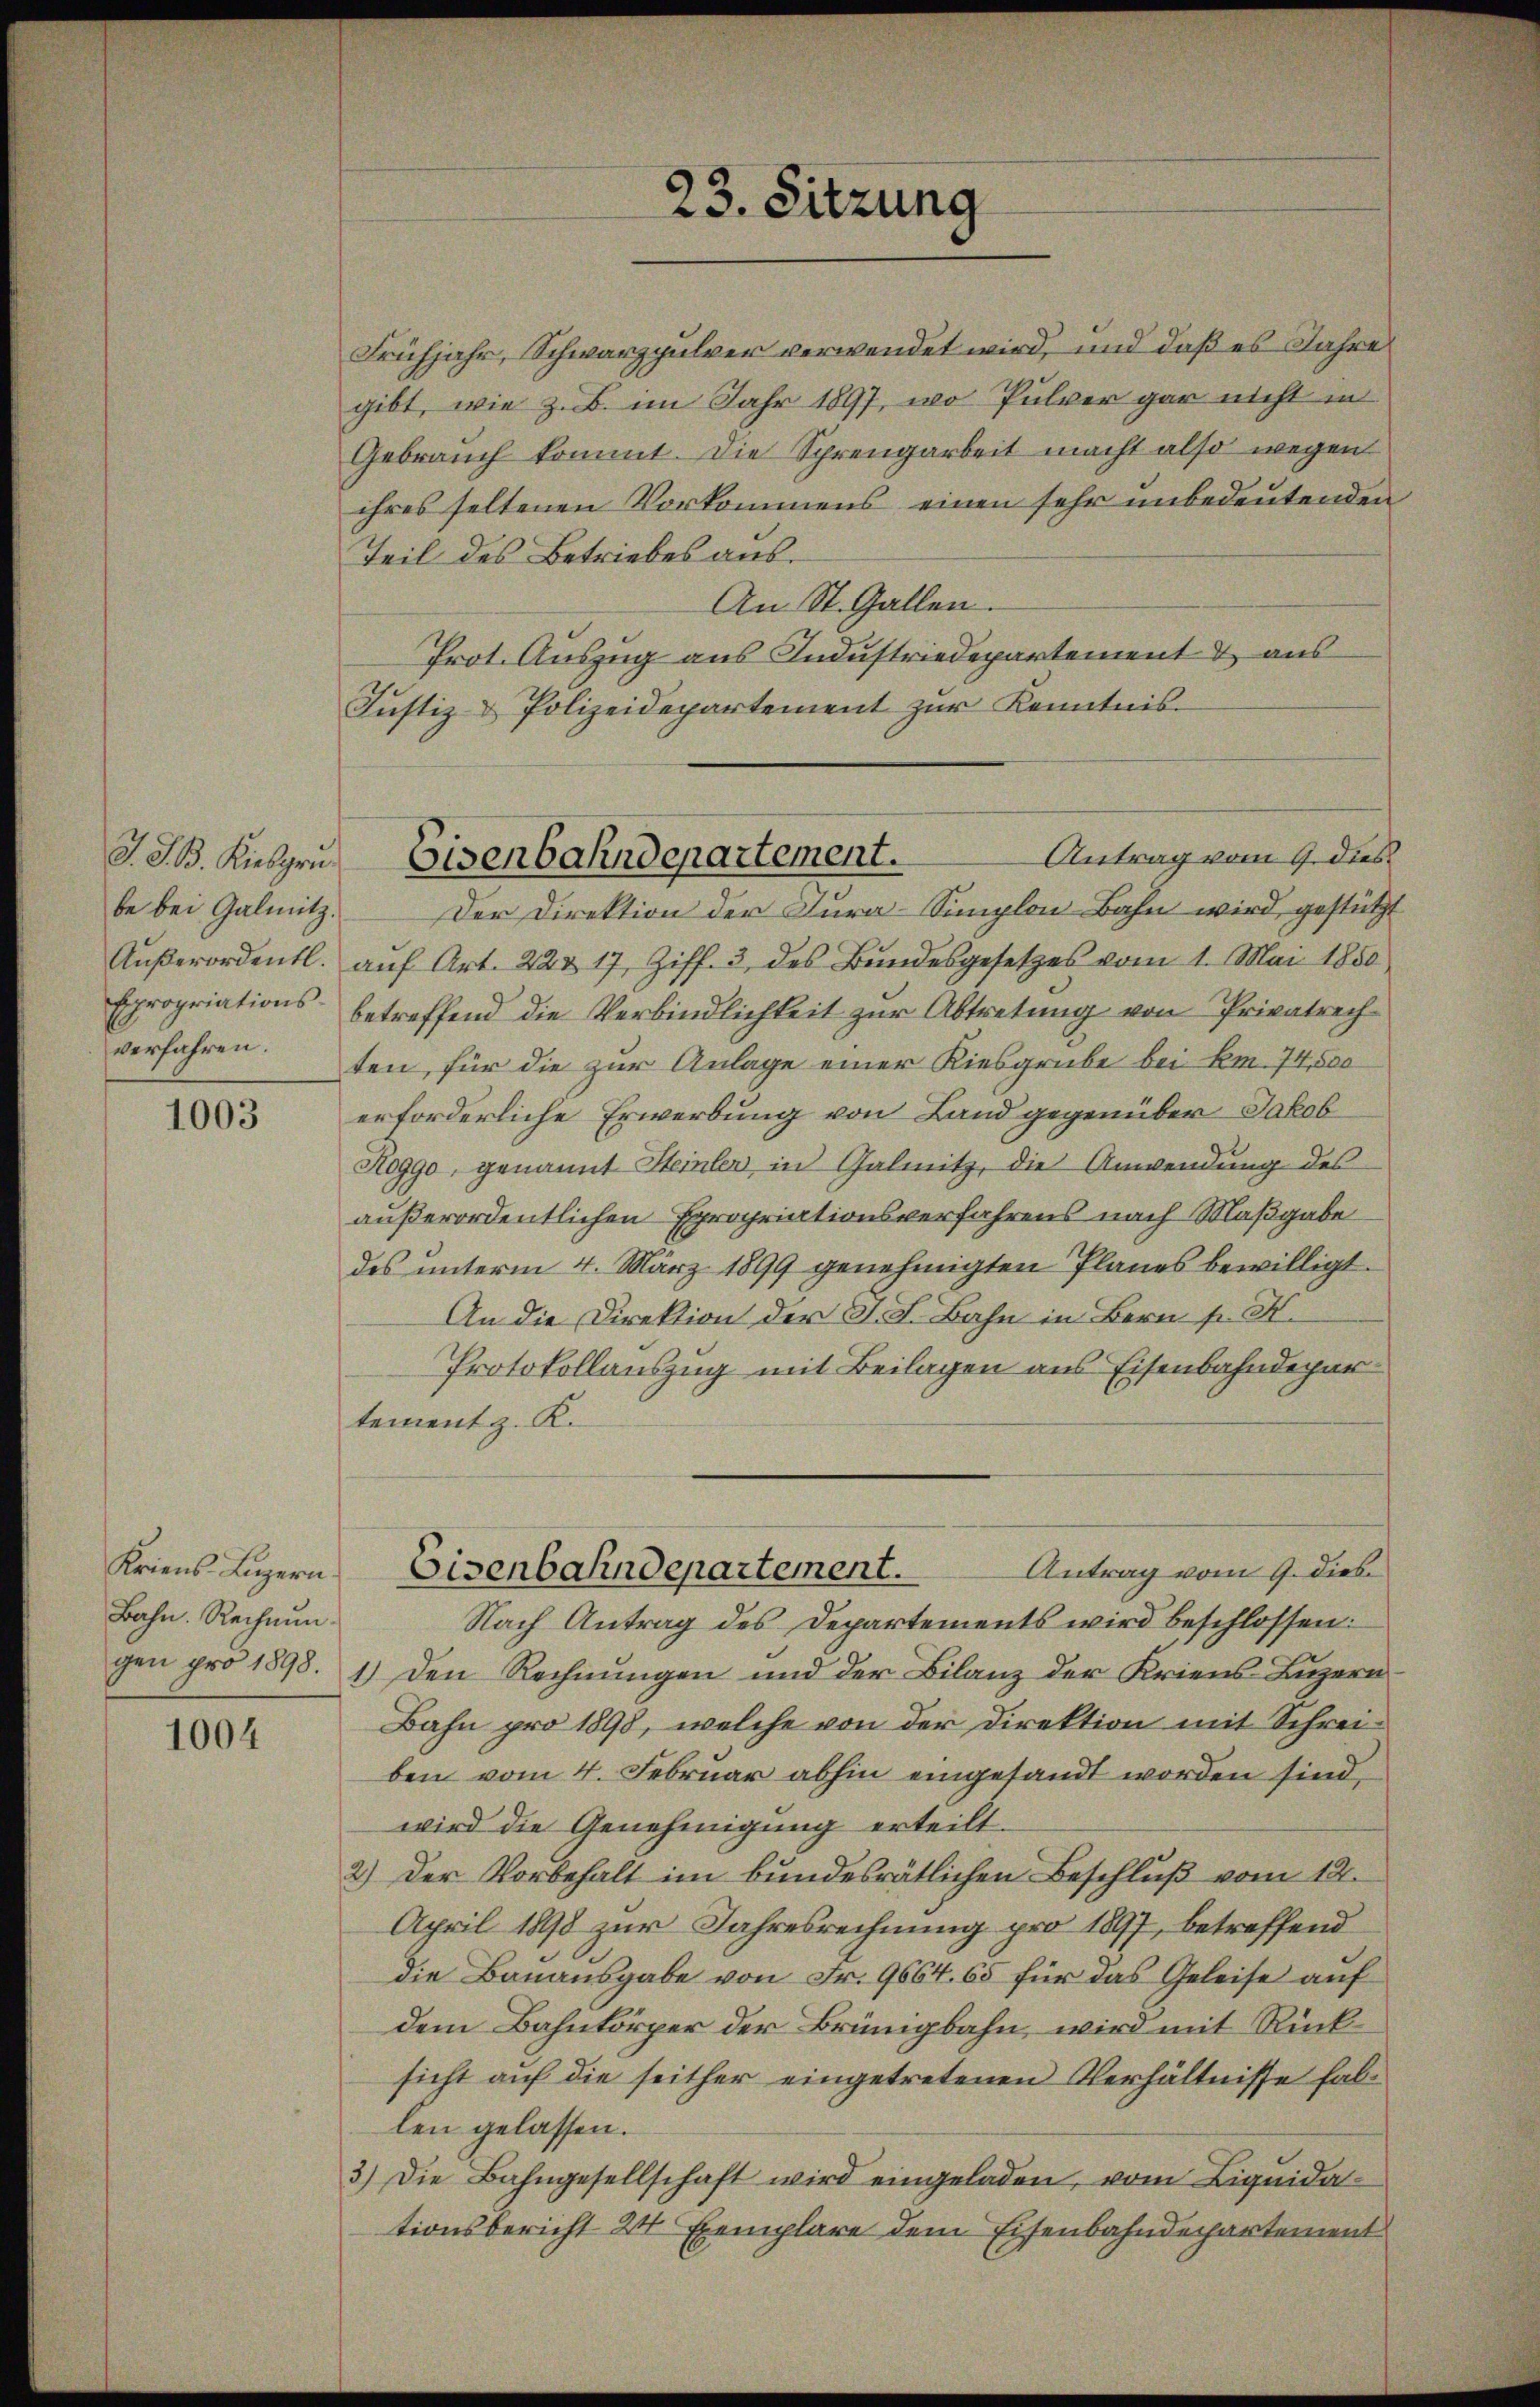
1003

Kriens Luzern
Bahn. Rechnun¬

1004

Teil des Betriebes aus.
An St. Gallen.
Prot. Auszug aus Industriedepartement & aus
Justiz- & Polizeidepartement zur Kenntnis-

J. G. B. Kiesgru
be bei Galmitz.
Expropriationsverfahren.

23. Sitzung

Frühjahr, Schwarzpulver verwendet wird, und daß es Jahre
gibt, wie z. B. im Jahr 1897, wo Pulver gar nicht in
Gebrauch kommt. Die Sprengarbeit macht also wegen
ihres seltenen Vorkommens einen sehr unbedeutenden

Der Direktion der Dura-Simplon-Bahn wird gestützt
Aŭβerordentl. aŭf Art. 224 17, Ziff. 3 des Bŭndesgesetzes vom 1. Mai 1850
betreffend die Verbindlichkeit zur Abtretung von Privatrechten, für die zur Anlage einer Kiesgrube bei km. 74,500
erforderliche Erwerbung von Land gegenüber Jakob
Roggo, genannt Steinter in Galmitz, die Anwendung des
außerordentlichen Expropriationsverfahrens nach Maßgabe
des unterm 4. März 1899 genehmigten Planes bewilligt.
An die Direktion der J. J. Bahn in Bern s. S.
Protokollauszug mit Beilagen aus Eisenbahndepartement z. K.
Antrag vom 9. dies
Eisenbahndepartement.
Nach Antrag des Departements wird beschlossen:
gen pro 1898. 1.) Den Rechnungen und der Bilanz der Kriens Luzern
Bahn pro 1898, welche von der Direktion mit Schreiben vom 4. Februar abhin eingesandt worden sind,
wird die Genehmigung erteilt.
2.) Der Vorbehalt im bundesrätlichen Beschluß vom 12.
April 1898 zur Jahresrechnung pro 1897, betreffend
die Bauausgabe von Fr. 9664. 65 für das Geleise auf
dem Bahnkörper der Brünigbahn, wird mit Rücksicht auf die seither eingetretenen Verhältnisse fallen gelassen.
3.) Die Bahngesellschaft wird eingeladen, vom Liqŭida-
tionsbericht 24 Exemplare dem Eisenbahndepartement

Antrag vom 9. dies
Eisenbahndepartement.